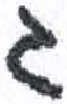
אות: ג